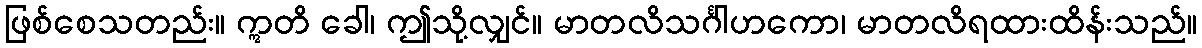
ဖြစ်စေသတည်း။ ဣတိ ခေါ၊ ဤသို့လျှင်။ မာတလိသင်္ဂါဟကော၊ မာတလိရထားထိန်းသည်။